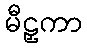
မီဠှကာ